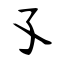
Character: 孓